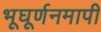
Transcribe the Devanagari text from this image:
भूघूर्णनमापी